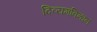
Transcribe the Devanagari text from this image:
दिव्यमविन्धनं